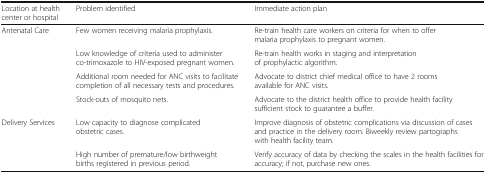
| Location at health center or hospital | Problem identified | Immediate action plan |
 | --- | --- | --- |
 | <ROWSPAN=4> Antenatal Care | Few women receiving malaria prophylaxis. | Re-train health care workers on criteria for when to offer malaria prophylaxis to pregnant women. |
 | Low knowledge of criteria used to administer co-trimoxazole to HIV-exposed pregnant women. | Re-train health works in staging and interpretation of prophylactic algorithm. |
 | Additional room needed for ANC visits to facilitate completion of all necessary tests and procedures. | Advocate to district chief medical office to have 2 rooms available for ANC visits. |
 | Stock-outs of mosquito nets. | Advocate to the district health office to provide health facility sufficient stock to guarantee a buffer. |
 | <ROWSPAN=2> Delivery Services | Low capacity to diagnose complicated obstetric cases. | Improve diagnosis of obstetric complications via discussion of cases and practice in the delivery room. Biweekly review partographs with health facility team. |
 | High number of premature/low birthweight births registered in previous period. | Verify accuracy of data by checking the scales in the health facilities for accuracy; if not, purchase new ones. |